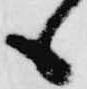
も